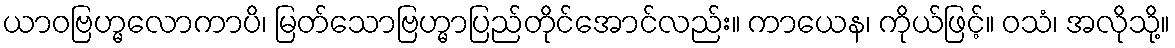
ယာဝဗြဟ္မလောကာပိ၊ မြတ်သောဗြဟ္မာပြည်တိုင်အောင်လည်း။ ကာယေန၊ ကိုယ်ဖြင့်။ ဝသံ၊ အလိုသို့။